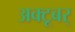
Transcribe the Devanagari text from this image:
अक्टूबर्